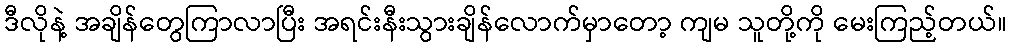
ဒီလိုနဲ့ အချိန်တွေကြာလာပြီး အရင်းနီးသွားချိန်လောက်မှာတော့ ကျမ သူတို့ကို မေးကြည့်တယ်။